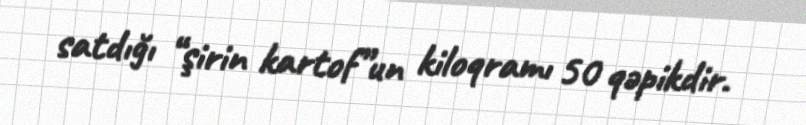
satdığı “şirin kartof”un kiloqramı 50 qəpikdir.